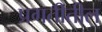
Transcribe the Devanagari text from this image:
प्रगतीतील